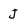
Character: J